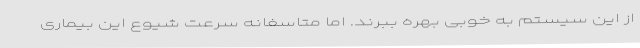
از این سیستم به خوبی بهره ببرند. اما متاسفانه سرعت شیوع این بیماری